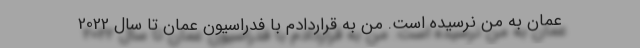
عمان به من نرسیده است. من به قراردادم با فدراسیون عمان تا سال 2022